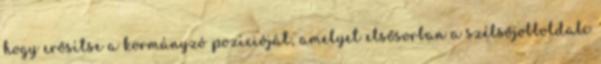
hogy erősítse a kormányzó pozícióját, amelyet elsősorban a szélsőjobboldali